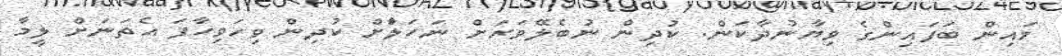
މައިން ބަފައިންގެ ވިޔާނުދާކަން. ކުދިން ނުބެލޭވަރަށް ނަހަލާަށް ކުދިން ވިހަވިހާފަ އެތަނަށް ލީމާ